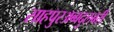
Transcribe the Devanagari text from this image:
साहपुरअब्बदुलबरी